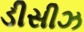
ડીસીઝ